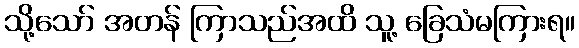
သို့သော် အတန် ကြာသည်အထိ သူ့ ခြေသံမကြားရ။